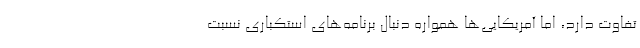
تفاوت دارد، اما آمریکایی‌ها همواره دنبال برنامه‌های استکباری نسبت